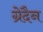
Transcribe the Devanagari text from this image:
ग्रेदैन